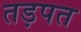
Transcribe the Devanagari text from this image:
तड़पत